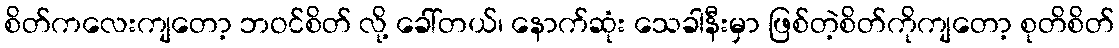
စိတ်ကလေးကျတော့ ဘဝင်စိတ် လို့ ခေါ်တယ်၊ နောက်ဆုံး သေခါနီးမှာ ဖြစ်တဲ့စိတ်ကိုကျတော့ စုတိစိတ်